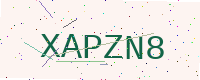
Text: XAPZN8